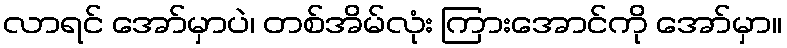
လာရင် အော်မှာပဲ၊ တစ်အိမ်လုံး ကြားအောင်ကို အော်မှာ။